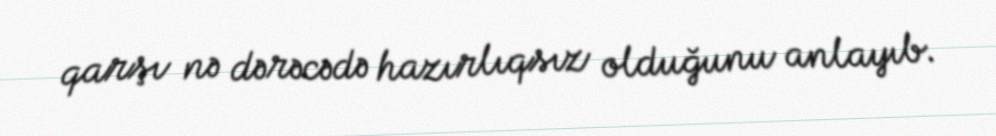
qarşı nə dərəcədə hazırlıqsız olduğunu anlayıb.